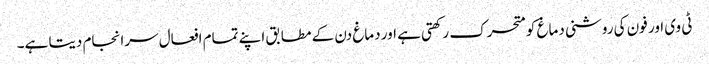
ٹی وی اور فون کی روشنی دماغ کو متحرک رکھتی ہے اور دماغ دن کے مطابق اپنے تمام افعال سرانجام دیتا ہے۔